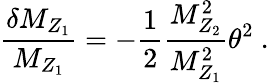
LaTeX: \frac{\delta M_{Z_{1}}}{M_{Z_{1}}}=-\frac{1}{2}\frac{M_{Z_{2}}^{2}}{M_{Z_{1}}^{2}}\theta^{2}\ .